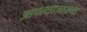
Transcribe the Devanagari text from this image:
आपल्याजवळच्या